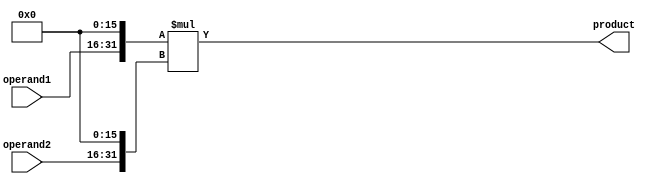
module fixed_point_multiplier (
    input [15:0] operand1,
    input [15:0] operand2,
    output reg [31:0] product
);

// shift operands to align decimal points
reg [31:0] shifted_operand1;
reg [31:0] shifted_operand2;

always @(*) begin
    shifted_operand1 = operand1 << 16; // shift left by 16 bits
    shifted_operand2 = operand2 << 16; // shift left by 16 bits
end

// perform multiplication
always @(*) begin
    product = shifted_operand1 * shifted_operand2;
end

endmodule